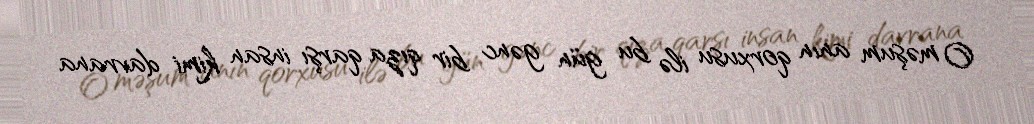
O məşum anın qorxusu ilə bu gün gənc bir qıza qarşı insan kimi davrana